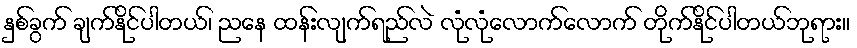
နှစ်ခွက် ချက်နိုင်ပါတယ်၊ ညနေ ထန်းလျက်ရည်လဲ လုံလုံလောက်လောက် တိုက်နိုင်ပါတယ်ဘုရား။